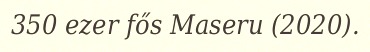
350 ezer fős Maseru (2020).